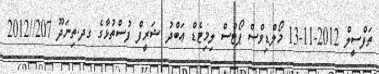
ތަފްސީލް 2012-11-13 މޯލްޑިވްސް ޕޯޓްސް ލިމިޓެޑް ޢަބްދު ޝަރީފް ފުސްތުޅާގެ ގދ.ތިނަދޫ 207//2012